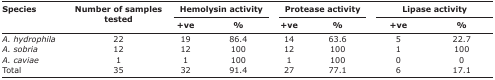
<table><thead><tr><td rowspan="3"><b>Species</b></td><td rowspan="3"><b>Number of samples tested</b></td><td colspan="2"><b>Hemolysin activity</b></td><td colspan="2"><b>Protease activity</b></td><td colspan="2"><b>Lipase activity</b></td></tr><tr><td><b>+ve</b></td><td><b>%</b></td><td><b>+ve</b></td><td><b>%</b></td><td><b>+ve</b></td><td><b>%</b></td></tr></thead><tbody><tr><td><i>A. hydrophila</i></td><td>22</td><td>19</td><td>86.4</td><td>14</td><td>63.6</td><td>5</td><td>22.7</td></tr><tr><td><i>A. sobria</i></td><td>12</td><td>12</td><td>100</td><td>12</td><td>100</td><td>1</td><td>100</td></tr><tr><td><i>A. caviae</i></td><td>1</td><td>1</td><td>100</td><td>1</td><td>100</td><td>0</td><td>0</td></tr><tr><td>Total</td><td>35</td><td>32</td><td>91.4</td><td>27</td><td>77.1</td><td>6</td><td>17.1</td></tr></tbody></table>